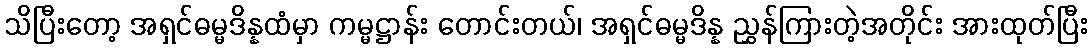
သိပြီးတော့ အရှင်ဓမ္မဒိန္နထံမှာ ကမ္မဋ္ဌာန်း တောင်းတယ်၊ အရှင်ဓမ္မဒိန္န ညွှန်ကြားတဲ့အတိုင်း အားထုတ်ပြီး